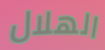
الهلال